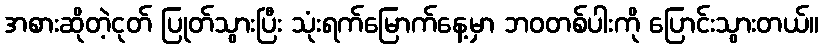
အစားဆိုတဲ့ငုတ် ပြုတ်သွားပြီး သုံးရက်မြောက်နေ့မှာ ဘဝတစ်ပါးကို ပြောင်းသွားတယ်။